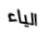
الياء